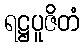
ရဋ္ဌပူဇိတံ